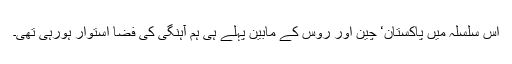
اس سلسلہ میں پاکستان‘ چین اور روس کے مابین پہلے ہی ہم آہنگی کی فضا استوار ہورہی تھی۔